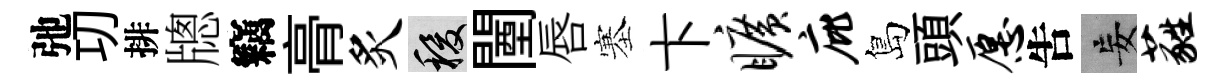
弛㓛排牕竊𮌔炙稷闉唇塞卞旷庇島頭愿吿妄蕤